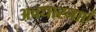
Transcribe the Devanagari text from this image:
अवधारनाएं